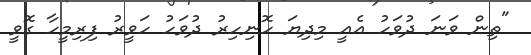
"ތިން ވަނަ ދުވަހު އެއީ މިދިޔަ ހޮނިހިރު ދުވަހު ހަވީރު ފިރިމީހާ ގޮވީ